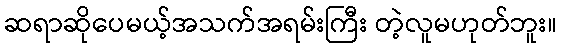
ဆရာဆိုပေမယ့်အသက်အရမ်းကြီး တဲ့လူမဟုတ်ဘူး။